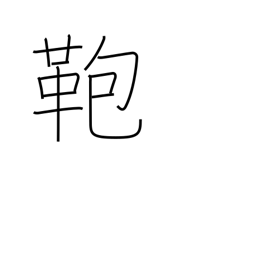
Meaning: suitcase